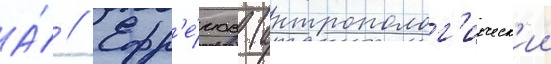
А́ // Ефр'е́мов (антрополог'ическ'ии